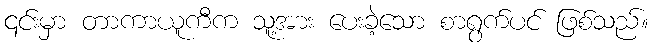
၎င်းမှာ တာကာယူကီက သူ့အား ပေးခဲ့သော စာရွက်ပင် ဖြစ်သည်။